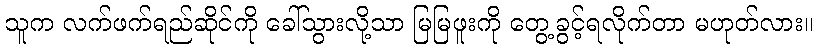
သူက လက်ဖက်ရည်ဆိုင်ကို ခေါ်သွားလို့သာ မြမြဖူးကို တွေ့ခွင့်ရလိုက်တာ မဟုတ်လား။